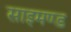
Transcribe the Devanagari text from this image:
साइमण्ड